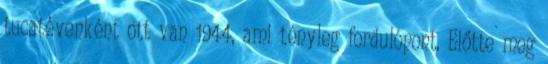
tucatévenként ott van 1944, ami tényleg fordulópont. Előtte meg